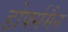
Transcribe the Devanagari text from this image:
डोर्फ्समैन